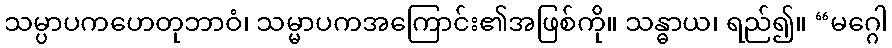
သမ္ပာပကဟေတုဘာဝံ၊ သမ္မာပကအကြောင်း၏အဖြစ်ကို။ သန္ဓာယ၊ ရည်၍။ “မဂ္ဂေါ